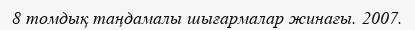
8 томдық таңдамалы шығармалар жинағы. 2007.